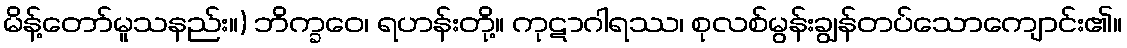
မိန့်တော်မူသနည်း။) ဘိက္ခဝေ၊ ရဟန်းတို့။ ကုဋာဂါရဿ၊ စုလစ်မွန်းချွန်တပ်သောကျောင်း၏။